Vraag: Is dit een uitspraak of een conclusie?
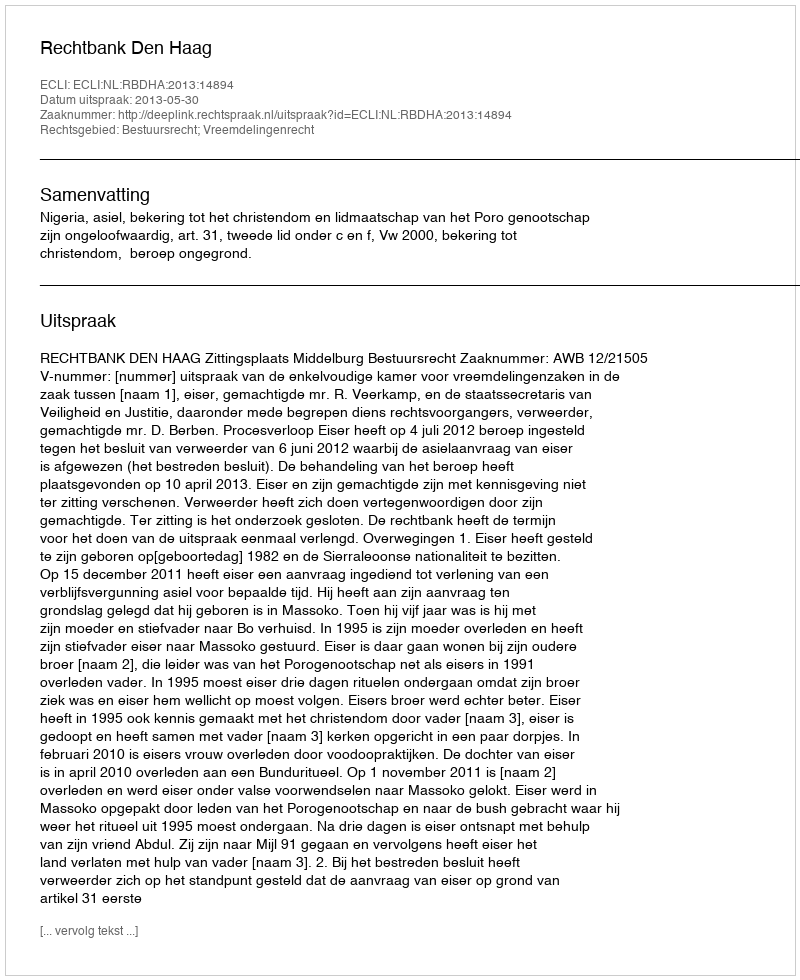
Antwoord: Uitspraak